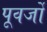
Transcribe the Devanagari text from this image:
पूवर्जों